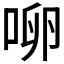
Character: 𰇬